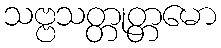
သဗ္ဗသတ္တုတ္တမော